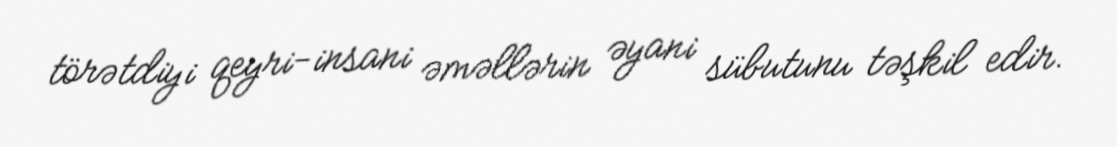
törətdiyi qeyri-insani əməllərin əyani sübutunu təşkil edir.